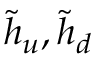
{ \tilde { h } } _ { u } , { \tilde { h } } _ { d }